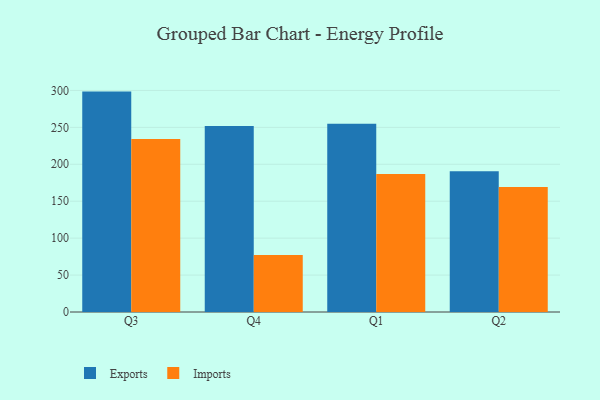
{"axis": {"x": "Quarter", "y": "Net Income (USD K)"}, "legend": ["Exports", "Imports"], "data": [{"x": "Q3", "y": 298.4, "type": "Exports"}, {"x": "Q3", "y": 234.2, "type": "Imports"}, {"x": "Q4", "y": 251.9, "type": "Exports"}, {"x": "Q4", "y": 77.1, "type": "Imports"}, {"x": "Q1", "y": 255.0, "type": "Exports"}, {"x": "Q1", "y": 187.0, "type": "Imports"}, {"x": "Q2", "y": 190.4, "type": "Exports"}, {"x": "Q2", "y": 169.1, "type": "Imports"}]}